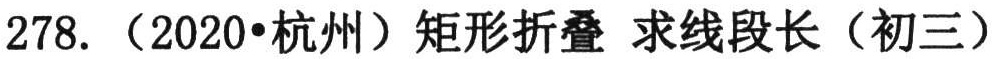
278. （2020•杭州）矩形折叠 求线段长（初三）